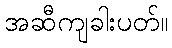
အဆီကျခါးပတ်။